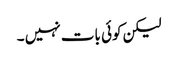
لیکن کوئی بات نہیں ۔